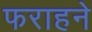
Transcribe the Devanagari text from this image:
फराहने